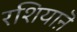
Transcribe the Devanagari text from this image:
रशियाऩॆ